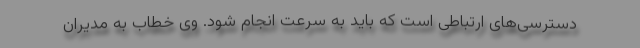
دسترسی‌های ارتباطی است که باید به سرعت انجام شود. وی خطاب به مدیران